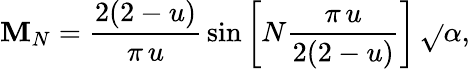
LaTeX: \mathbf{M}_{N}=\frac{{2(2-u)}}{{\pi\, u}}\, \sin\left[N\frac{{\pi\, u}}{{2(2-u)}}\right]\, \sqrt{}{{\alpha}},